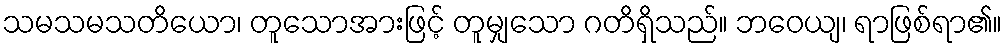
သမသမသတိယော၊ တူသောအားဖြင့် တူမျှသော ဂတိရှိသည်။ ဘဝေယျ၊ ရာဖြစ်ရာ၏။